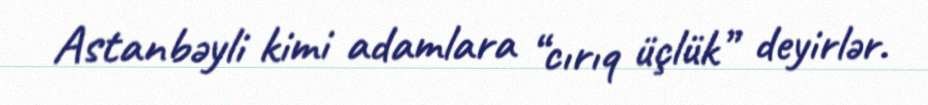
Astanbəyli kimi adamlara “cırıq üçlük” deyirlər.